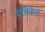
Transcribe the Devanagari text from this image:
एन्रिकेस